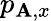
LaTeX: p_{{\mathbf{A},x}}